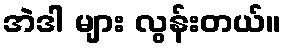
အဲဒါ များ လွန်းတယ်။